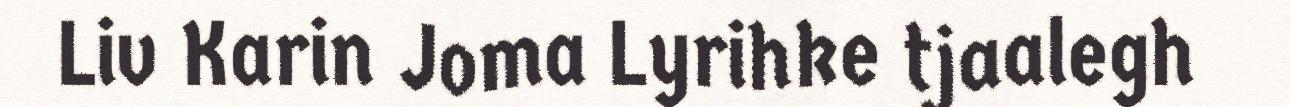
Liv Karin Joma Lyrihke tjaalegh